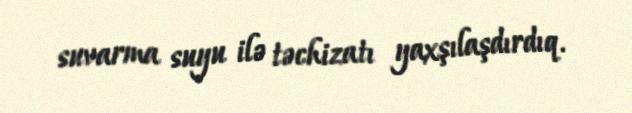
suvarma suyu ilə təchizatı yaxşılaşdırdıq.